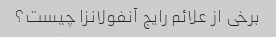
برخی از علائم رایج آنفولانزا چیست؟